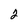
Character: 2